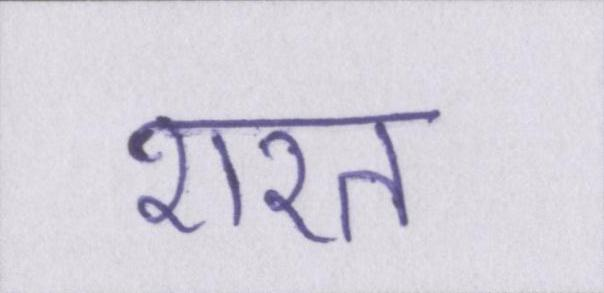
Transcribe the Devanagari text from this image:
शरत